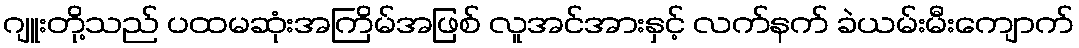
ဂျူးတို့သည် ပထမဆုံးအကြိမ်အဖြစ် လူအင်အားနှင့် လက်နက် ခဲယမ်းမီးကျောက်